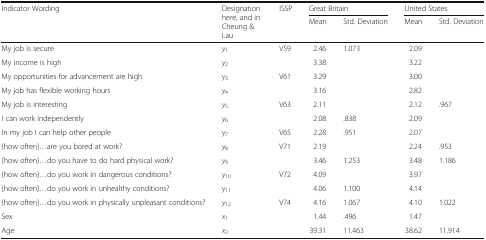
<table><thead><tr><td rowspan="2"><b>Indicator Wording</b></td><td rowspan="2"><b>Designation here, and in Cheung &amp; Lau</b></td><td rowspan="2"><b>ISSP</b></td><td colspan="2"><b>Great Britain</b></td><td colspan="2"><b>United States</b></td></tr><tr><td><b>Mean</b></td><td><b>Std. Deviation</b></td><td><b>Mean</b></td><td><b>Std. Deviation</b></td></tr></thead><tbody><tr><td>My job is secure</td><td><i>y</i><sub>1</sub></td><td>V59</td><td>2.46</td><td>1.073</td><td>2.09</td><td>[EMPTY_CELL]</td></tr><tr><td>My income is high</td><td><i>y</i><sub>2</sub></td><td>[EMPTY_CELL]</td><td>3.38</td><td>[EMPTY_CELL]</td><td>3.22</td><td>[EMPTY_CELL]</td></tr><tr><td>My opportunities for advancement are high</td><td><i>y</i><sub>3</sub></td><td>V61</td><td>3.29</td><td>[EMPTY_CELL]</td><td>3.00</td><td>[EMPTY_CELL]</td></tr><tr><td>My job has flexible working hours</td><td><i>y</i><sub>4</sub></td><td>[EMPTY_CELL]</td><td>3.16</td><td>[EMPTY_CELL]</td><td>2.82</td><td>[EMPTY_CELL]</td></tr><tr><td>My job is interesting</td><td><i>y</i><sub>5</sub></td><td>V63</td><td>2.11</td><td>[EMPTY_CELL]</td><td>2.12</td><td>.967</td></tr><tr><td>I can work independently</td><td><i>y</i><sub>6</sub></td><td>[EMPTY_CELL]</td><td>2.08</td><td>.838</td><td>2.09</td><td>[EMPTY_CELL]</td></tr><tr><td>In my job I can help other people</td><td><i>y</i><sub>7</sub></td><td>V65</td><td>2.28</td><td>.951</td><td>2.07</td><td>[EMPTY_CELL]</td></tr><tr><td>{how often}...are you bored at work?</td><td><i>y</i><sub>8</sub></td><td>V71</td><td>2.19</td><td>[EMPTY_CELL]</td><td>2.24</td><td>.953</td></tr><tr><td>{how often}...do you have to do hard physical work?</td><td><i>y</i><sub>9</sub></td><td>[EMPTY_CELL]</td><td>3.46</td><td>1.253</td><td>3.48</td><td>1.186</td></tr><tr><td>{how often}...do you work in dangerous conditions?</td><td><i>y</i><sub>10</sub></td><td>V72</td><td>4.09</td><td>[EMPTY_CELL]</td><td>3.97</td><td>[EMPTY_CELL]</td></tr><tr><td>{how often}...do you work in unhealthy conditions?</td><td><i>y</i><sub>11</sub></td><td>[EMPTY_CELL]</td><td>4.06</td><td>1.100</td><td>4.14</td><td>[EMPTY_CELL]</td></tr><tr><td>{how often}...do you work in physically unpleasant conditions?</td><td><i>y</i><sub>12</sub></td><td>V74</td><td>4.16</td><td>1.067</td><td>4.10</td><td>1.022</td></tr><tr><td>Sex</td><td><i>x</i><sub>1</sub></td><td>[EMPTY_CELL]</td><td>1.44</td><td>.496</td><td>1.47</td><td>[EMPTY_CELL]</td></tr><tr><td>Age</td><td><i>x</i><sub>2</sub></td><td>[EMPTY_CELL]</td><td>39.31</td><td>11.463</td><td>38.62</td><td>11.914</td></tr></tbody></table>